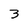
Character: 3